Civil Veterinary Dept. Assam report 1911-1927 - 1911-1927
Year: 1911
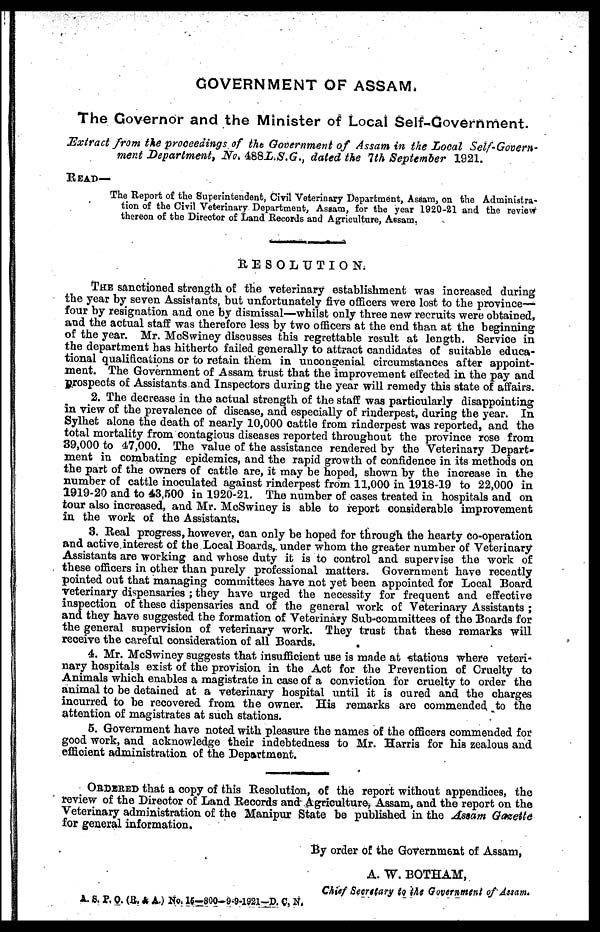
GOVERNMENT OF ASSAM.
The Governor and the Minister of Local Self-Government.
Extract from the proceedings of the Government of Assam in the Local Self-Govern-
ment Department, No. 488 L.S.G., dated the 1th September 1921.
READ—
The Report of the Superintendent, Civil Veterinary Department, Assam, on the Administra-
tion of the Civil Veterinary Department, Assam, for the year 1920-21 and the review
thereon of the Director of Land Records and Agriculture, Assam.
RESOLUTION.
THE sanctioned strength of the veterinary establishment was increased during
the year by seven Assistants, but unfortunately five officers were lost to the province—
four by resignation and one by dismissal—whilst only three new recruits were obtained,
and the actual staff was therefore less by two officers at the end than at the beginning
of the year. Mr. McSwiney discusses this regrettable result at length. Service in
the department has hitherto failed generally to attract candidates of suitable educa-
tional qualifications or to retain them in uncongenial circumstances after appoint-
ment. The Government of Assam trust that the improvement effected in the pay and
prospects of Assistants and Inspectors during the year will remedy this state of affairs.
2. The decrease in the actual strength of the staff was particularly disappointing
in view of the prevalence of disease, and especially of rinderpest, during the year. In
Sylhet alone the death of nearly 10,000 cattle from rinderpest was reported, and the
total mortality from contagious diseases reported throughout the province rose from
39,000 to 47,000. The value of the assistance rendered by the Veterinary Depart-
ment in combating epidemics, and the rapid growth of confidence in its methods on
the part of the owners of cattle are, it may be hoped, shown by the increase in the
number of cattle inoculated against rinderpest from 11,000 in 1918-19 to 22,000 in
1919-20 and to 43,600 in 1920-21. The number of cases treated in hospitals and on
tour also increased, and Mr. McSwiney is able to report considerable improvement
in the work of the Assistants.
3. Real progress, however, can only be hoped for through the hearty co-operation
and active interest of the Local Boards, under whom the greater number of Veterinary
Assistants are working and whose duty it is to control and supervise the work of
these officers in other than purely professional matters. Government have recently
pointed out that managing committees have not yet been appointed for Local Board
veterinary dispensaries ; they have urged the necessity for frequent and effective
inspection of these dispensaries and of the general work of Veterinary Assistants ;
and they have suggested the formation of Veterinary Sub-committees of the Boards for
the general supervision of veterinary work. They trust that these remarks will
receive the careful consideration of all Boards.
4. Mr. McSwiney suggests that insufficient use is made at stations where veteri-
nary hospitals exist of the provision in the Act for the Prevention of Cruelty to
Animals which enables a magistrate in case of a conviction for cruelty to order the
animal to be detained at a veterinary hospital until it is cured and the charges
incurred to be recovered from the owner. His remarks are commended to the
attention of magistrates at such stations.
5. Government have noted with pleasure the names of the officers commended for
good work, and acknowledge their indebtedness to Mr. Harris for his zealous and
efficient administration of the Department.
ORDERED that a copy of this Resolution, of the report without appendices, the
review of the Director of Land Records and Agriculture, Assam, and the report on the
Veterinary administration of the Manipur State be published in the Assam Gazette
for general information.
By order of the Government of Assam,
A. W. BOTHAM,
Chief Secretary to the Government of Assam.
A. S. P. 0. (R & A.) No. 15-800-9-9-1921-D. C, N.